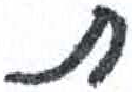
אות: ת